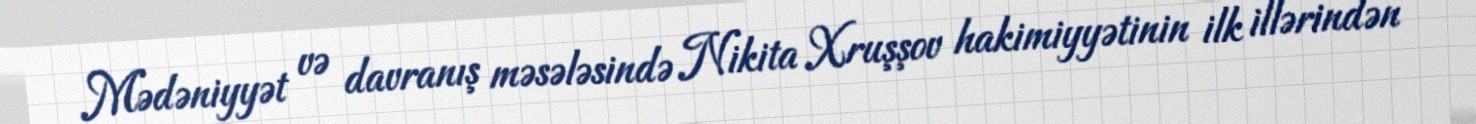
Mədəniyyət və davranış məsələsində Nikita Xruşşov hakimiyyətinin ilk illərindən